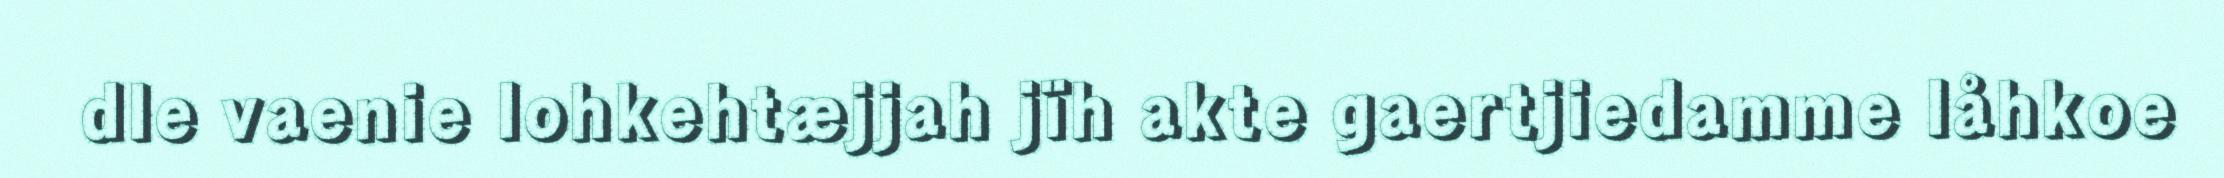
dle vaenie lohkehtæjjah jïh akte gaertjiedamme låhkoe